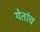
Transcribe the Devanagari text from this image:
येतांच